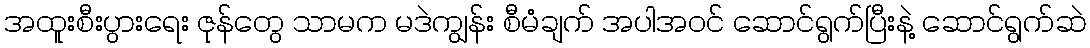
အထူးစီးပွားရေး ဇုန်တွေ သာမက မဒဲကျွန်း စီမံချက် အပါအဝင် ဆောင်ရွက်ပြီးနဲ့ ဆောင်ရွက်ဆဲ